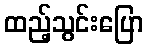
ထည့်သွင်းပြော